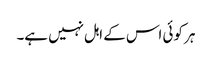
ہر کوئی اس کے اہل نہیں ہے۔